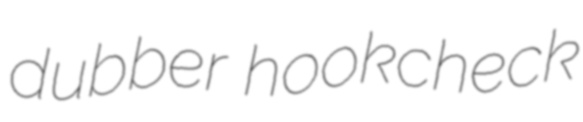
dubber hookcheck